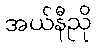
အယ်နီညို